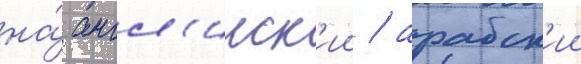
на́ англ'ииск'ии / арабск'ии